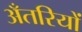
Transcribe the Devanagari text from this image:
अँतरियों